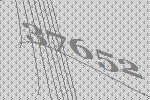
37652